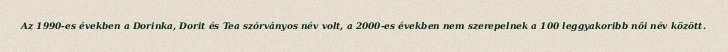
Az 1990-es években a Dorinka, Dorit és Tea szórványos név volt, a 2000-es években nem szerepelnek a 100 leggyakoribb női név között.